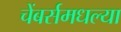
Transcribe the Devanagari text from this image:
चेंबर्समधल्या